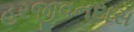
હરજીવનદાસ